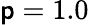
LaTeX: \mathsf{p}=1.0